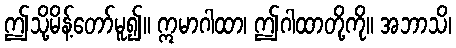
ဤသို့မိန့်တော်မူ၍။ ဣမာဂါထာ၊ ဤဂါထာတို့ကို။ အဘာသိ၊